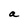
Character: a